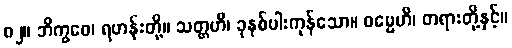
၈၂။ ဘိက္ခဝေ၊ ရဟန်းတို့။ သတ္တဟိ၊ ခုနစ်ပါးကုန်သော။ ဓမ္မေဟိ၊ တရားတို့နှင့်။